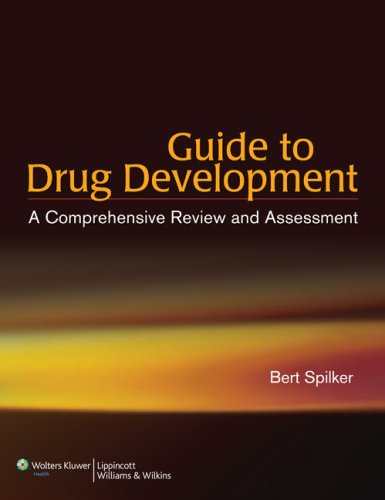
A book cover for Guide to Drug Development: A Comprehensive Review & Assessment; Bert Spilker; Medical Books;